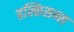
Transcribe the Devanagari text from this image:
हस्किसन्स